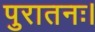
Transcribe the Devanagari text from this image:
पुरातनः।